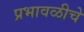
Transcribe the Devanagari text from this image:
प्रभावळीचे